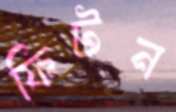
ফিটন